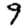
Digit: 9